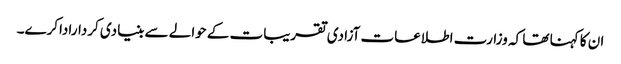
ان کا کہنا تھا کہ وزارت اطلاعات آزادی تقریبات کے حوالے سے بنیادی کرداراداکرے۔